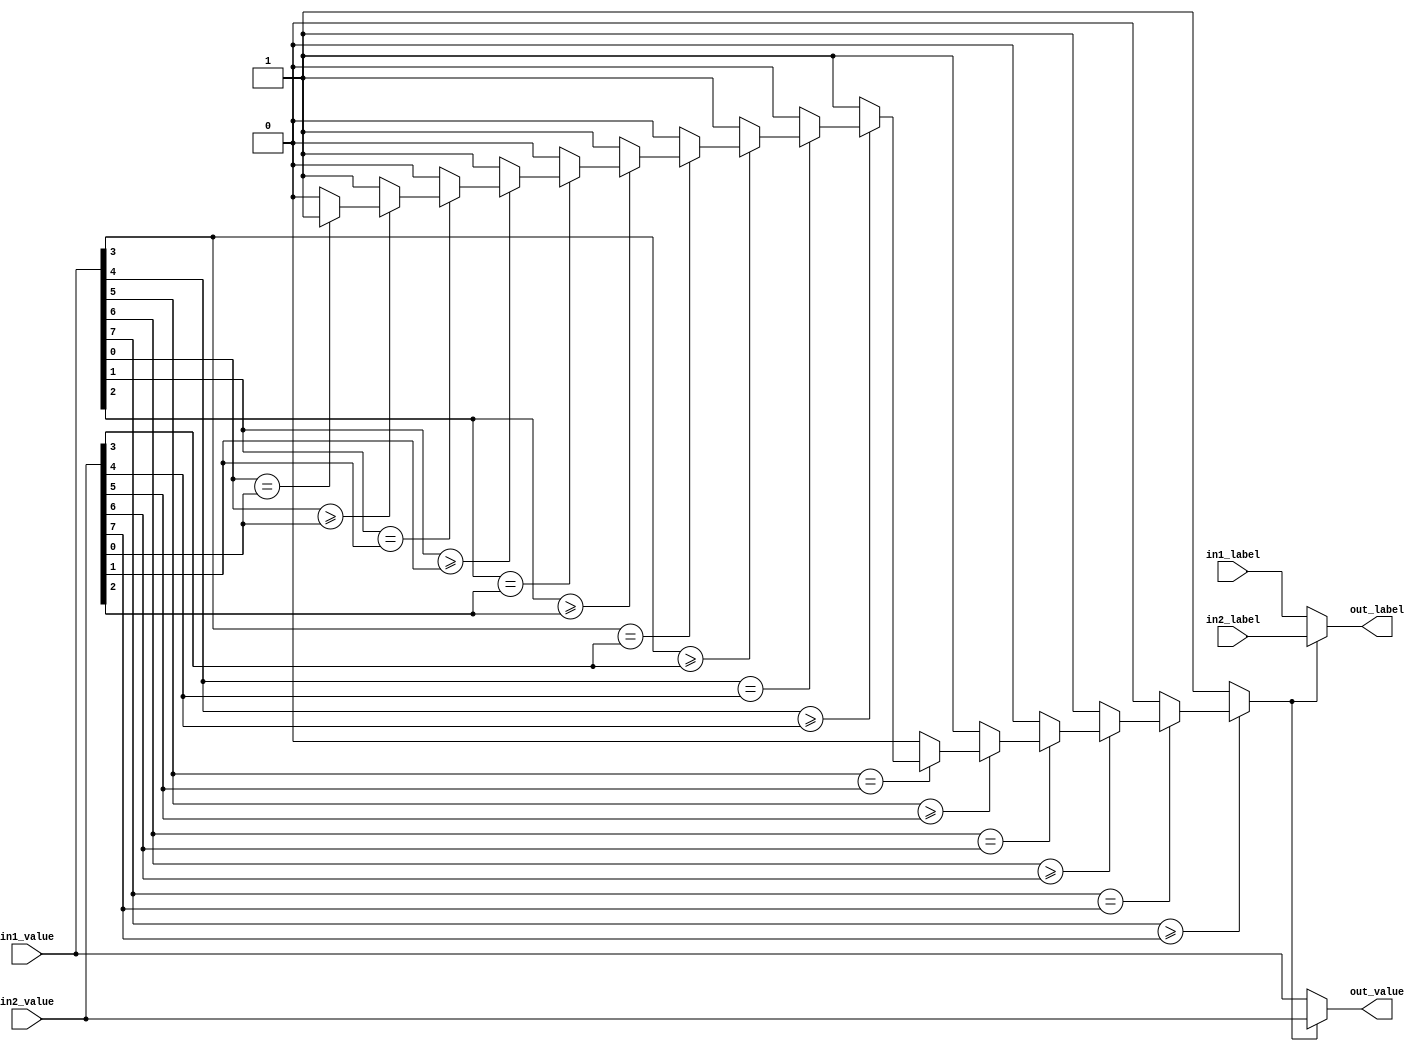
module mam (in1_value, in1_label, in2_value, in2_label, out_value, out_label);
    input   [7:0] in1_value, in2_value;
    input   [4:0] in1_label, in2_label;
    output  [7:0] out_value;
    output  [4:0] out_label;
	wire [7:0] e;
	assign e[0] = ( (in1_value[0] >= in2_value[0]) ? ( (in1_value[0] == in2_value[0]) ? 1 : 0 ) : 1 );
	assign e[1] = ( (in1_value[1] >= in2_value[1]) ? ( (in1_value[1] == in2_value[1]) ? e[0] : 0 ) : 1 );
	assign e[2] = ( (in1_value[2] >= in2_value[2]) ? ( (in1_value[2] == in2_value[2]) ? e[1] : 0 ) : 1 );
	assign e[3] = ( (in1_value[3] >= in2_value[3]) ? ( (in1_value[3] == in2_value[3]) ? e[2] : 0 ) : 1 );
	assign e[4] = ( (in1_value[4] >= in2_value[4]) ? ( (in1_value[4] == in2_value[4]) ? e[3] : 0 ) : 1 );
	assign e[5] = ( (in1_value[5] >= in2_value[5]) ? ( (in1_value[5] == in2_value[5]) ? e[4] : 0 ) : 1 );
	assign e[6] = ( (in1_value[6] >= in2_value[6]) ? ( (in1_value[6] == in2_value[6]) ? e[5] : 0 ) : 1 );
	assign e[7] = ( (in1_value[7] >= in2_value[7]) ? ( (in1_value[7] == in2_value[7]) ? e[6] : 0 ) : 1 );
	assign out_value = ( ( e[7] == 1) ? in2_value : in1_value);
	assign out_label = ( ( e[7] == 1) ? in2_label : in1_label);
endmodule

module maxindex(a,b,c,d,e,f,g,h,i,j,k,l,m,n,o,p,q,r,s,t,u,v,w,x,y,z,out);
    input [7:0] a,b,c,d,e,f,g,h,i,j,k,l,m,n,o,p,q,r,s,t,u,v,w,x,y,z;
    output [4:0] out;
    
	wire [4:0] la,lb,lc,ld,le,lf,lg,lh,li,lj,lk,ll,lm,ln,lo,lp,lq,lr,ls,lt,lu,lv,lw,lx,ly,lz;
	wire [7:0] v1,v2,v3,v4,v5,v6,v7,v8,v9,v10,v11,v12,v13,v14,v15,v16,v17,v18,v19,v20,v21,v22,v23,v24;
	wire [4:0] o1,o2,o3,o4,o5,o6,o7,o8,o9,o10,o11,o12,o13,o14,o15,o16,o17,o18,o19,o20,o21,o22,o23,o24;
	wire [7:0] value;
	
	assign la[4]=0, la[3]=0,la[2]=0,la[1]=0,la[0]=0;
	assign lb[4]=0, lb[3]=0,lb[2]=0,lb[1]=0,lb[0]=1;
	assign lc[4]=0, lc[3]=0,lc[2]=0,lc[1]=1,lc[0]=0;
	assign ld[4]=0, ld[3]=0,ld[2]=0,ld[1]=1,ld[0]=1;
	assign le[4]=0, le[3]=0,le[2]=1,le[1]=0,le[0]=0;
	assign lf[4]=0, lf[3]=0,lf[2]=1,lf[1]=0,lf[0]=1;
	assign lg[4]=0, lg[3]=0,lg[2]=1,lg[1]=1,lg[0]=0;
	assign lh[4]=0, lh[3]=0,lh[2]=1,lh[1]=1,lh[0]=1;
	assign li[4]=0, li[3]=1,li[2]=0,li[1]=0,li[0]=0;
	assign lj[4]=0, lj[3]=1,lj[2]=0,lj[1]=0,lj[0]=1;
	assign lk[4]=0, lk[3]=1,lk[2]=0,lk[1]=1,lk[0]=0;
	assign ll[4]=0, ll[3]=1,ll[2]=0,ll[1]=1,ll[0]=1;
	assign lm[4]=0, lm[3]=1,lm[2]=1,lm[1]=0,lm[0]=0;
	assign ln[4]=0, ln[3]=1,ln[2]=1,ln[1]=0,ln[0]=1;
	assign lo[4]=0, lo[3]=1,lo[2]=1,lo[1]=1,lo[0]=0;
	assign lp[4]=0, lp[3]=1,lp[2]=1,lp[1]=1,lp[0]=1;
	assign lq[4]=1, lq[3]=0,lq[2]=0,lq[1]=0,lq[0]=0;
	assign lr[4]=1, lr[3]=0,lr[2]=0,lr[1]=0,lr[0]=1;
	assign ls[4]=1, ls[3]=0,ls[2]=0,ls[1]=1,ls[0]=0;
	assign lt[4]=1, lt[3]=0,lt[2]=0,lt[1]=1,lt[0]=1;
	assign lu[4]=1, lu[3]=0,lu[2]=1,lu[1]=0,lu[0]=0;
	assign lv[4]=1, lv[3]=0,lv[2]=1,lv[1]=0,lv[0]=1;
	assign lw[4]=1, lw[3]=0,lw[2]=1,lw[1]=1,lw[0]=0;
	assign lx[4]=1, lx[3]=0,lx[2]=1,lx[1]=1,lx[0]=1;
	assign ly[4]=1, ly[3]=1,ly[2]=0,ly[1]=0,ly[0]=0;
	assign lz[4]=1, lz[3]=1,lz[2]=0,lz[1]=0,lz[0]=1;
	
	mam one(a,la,b,lb,v1,o1); //layer1
	mam two(c,lc,d,ld,v2,o2);
	mam three(e,le,f,lf,v3,o3);
	mam four(g,lg,h,lh,v4,o4);
	mam five(i,li,j,lj,v5,o5);
	mam six(k,lk,l,ll,v6,o6);
	mam seven(m,lm,n,ln,v7,o7);
	mam eight(o,lo,p,lp,v8,o8);
	mam nine(q,lq,r,lr,v9,o9);
	mam ten(s,ls,t,lt,v10,o10);
	mam eleven(u,lu,v,lv,v11,o11);
	mam tweleve(w,lw,x,lx,v12,o12);
	mam thirteenth(y,ly,z,lz,v13,o13);
	
	mam fourt(v1,o1,v2,o2,v14,o14); //layer2
	mam fift(v3,o3,v4,o4,v15,o15);
	mam sixt(v5,o5,v6,o6,v16,o16);
	mam sevent(v7,o7,v8,o8,v17,o17);
	mam eightt(v9,o9,v10,o10,v18,o18);
	mam ninet(v11,o11,v12,o12,v19,o19);
	
	mam twote(v14,o14,v15,o15,v20,o20); //layer3 and 4
	mam twoone(v16,o16,v17,o17,v21,o21);
	mam twotwo(v19,o19,v13,o13,v22,o22);
	mam twothree(v20,o20,v21,o21,v23,o23);
	mam twofour(v18,o18,v22,o22,v24,o24);
	mam twofive(v23,o23,v24,o24,value,out);
	
endmodule